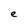
Character: e